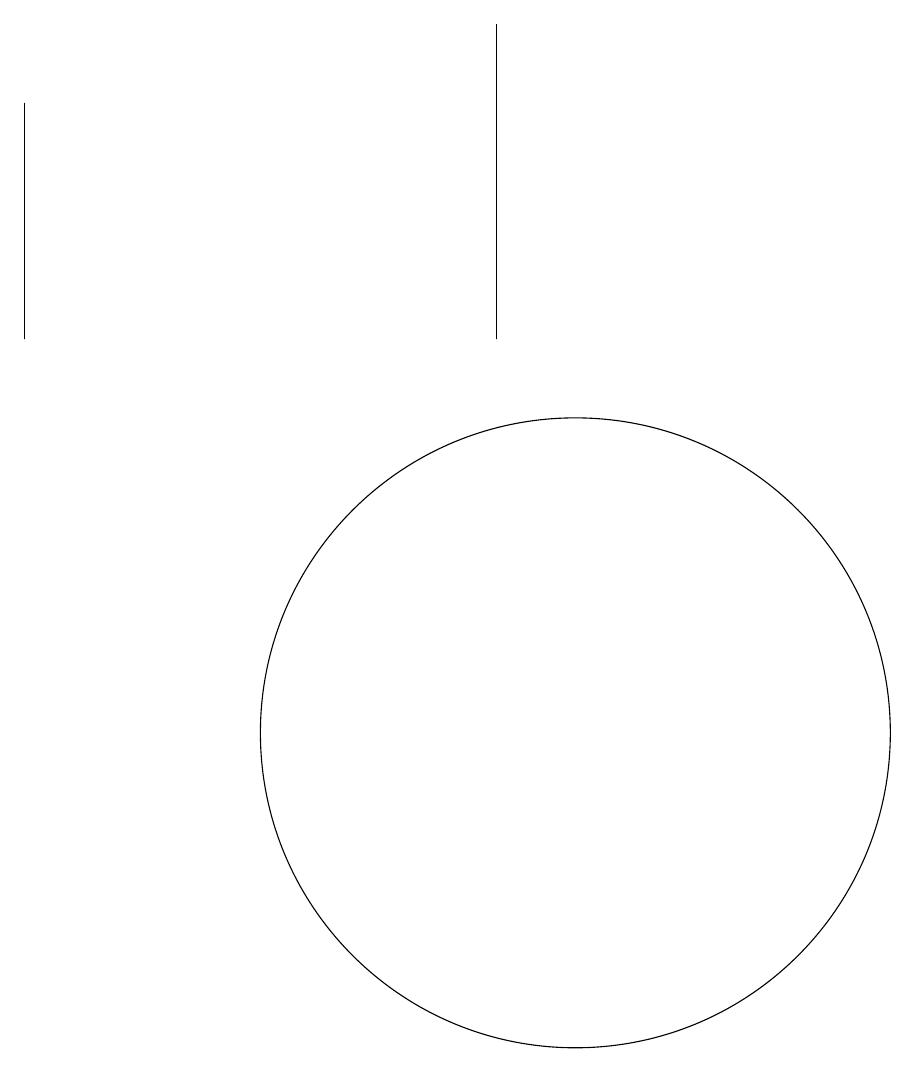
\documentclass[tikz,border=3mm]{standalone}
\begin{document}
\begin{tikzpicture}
\draw (9,15) rectangle (9,19);
\draw (3,15) rectangle (3,18);
\draw (10,10) circle (4);
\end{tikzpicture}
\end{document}